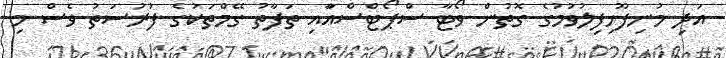
އަދި މުނިފޫހިފިލުވުމުގެ ގޮތުން ވޯޓާ ސްޕޯޓްސްއަާއި ތަފާތު ގޭމްތަކުގެ ފުރުސަތު ވެސް މި